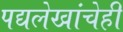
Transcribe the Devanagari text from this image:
पद्यलेखांचेही